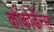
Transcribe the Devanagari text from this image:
कोंकोर्डेन्स